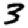
Digit: 3